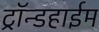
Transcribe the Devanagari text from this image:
ट्रॉन्डहाईम